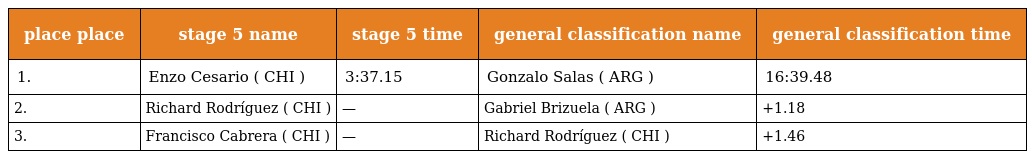
| place place | stage 5 name | stage 5 time | general classification name | general classification time |
 | --- | --- | --- | --- | --- |
 | 1. | Enzo Cesario ( CHI ) | 3:37.15 | Gonzalo Salas ( ARG ) | 16:39.48 |
 | 2. | Richard Rodríguez ( CHI ) | — | Gabriel Brizuela ( ARG ) | +1.18 |
 | 3. | Francisco Cabrera ( CHI ) | — | Richard Rodríguez ( CHI ) | +1.46 |